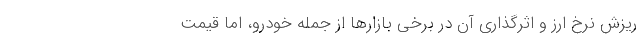
ریزش نرخ ارز و اثرگذاری آن در برخی بازارها از جمله خودرو، اما قیمت